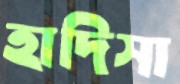
হাদিসা